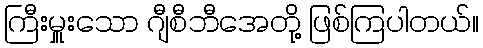
ကြီးမှူးသော ဂျီစီဘီအေတို့ ဖြစ်ကြပါတယ်။